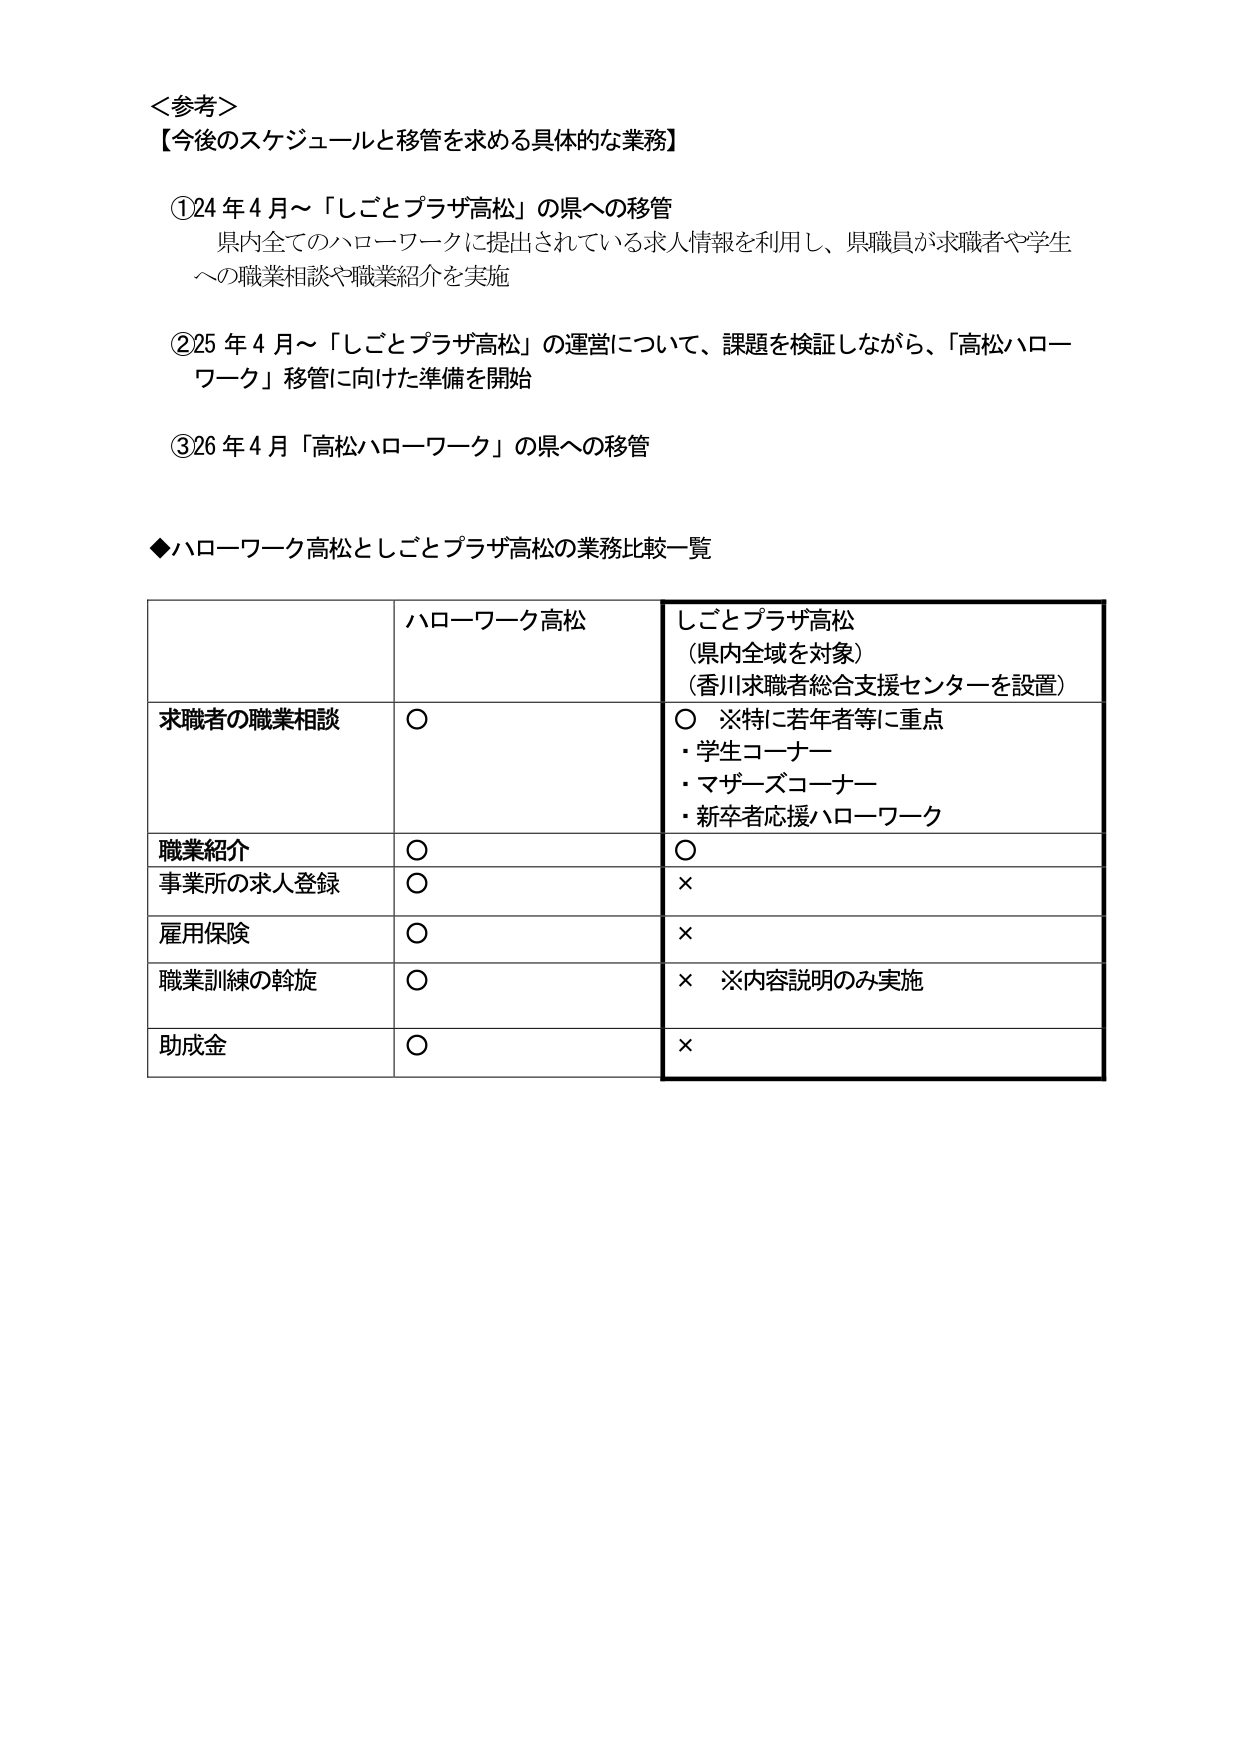
＜参考＞
【今後のスケジュールと移管を求める具体的な業務】

①24年4月～「しごとプラザ高松」の県への移管
　県内全てのハローワークに提出されている求人情報を利用し、県職員が求職者や学生
　への職業相談や職業紹介を実施

②25年4月～「しごとプラザ高松」の運営について、課題を検証しながら、「高松ハローワーク」移管に向けた準備を開始

③26年4月「高松ハローワーク」の県への移管

◆ハローワーク高松としごとプラザ高松の業務比較一覧

　　　　　　　　　　　ハローワーク高松　　　　　しごとプラザ高松
　　　　　　　　　　　　　　　　　　　　　　（県内全域を対象）
　　　　　　　　　　　　　　　　　　　　　　（香川求職者総合支援センターを設置）

求職者の職業相談　　　○　　　　　　　　　　○　※特に若年者等に重点
　　　　　　　　　　　　　　　　　　　　　　・学生コーナー
　　　　　　　　　　　　　　　　　　　　　　・マザーズコーナー
　　　　　　　　　　　　　　　　　　　　　　・新卒者応援ハローワーク

職業紹介　　　　　　　○　　　　　　　　　　○

事業所の求人登録　　　○　　　　　　　　　　×
雇用保険　　　　　　　○　　　　　　　　　　×
職業訓練の斡旋　　　　○　　　　　　　　　　×　※内容説明のみ実施
助成金　　　　　　　　○　　　　　　　　　　×